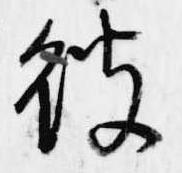
彼